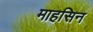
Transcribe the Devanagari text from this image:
माहसिन